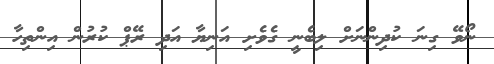
ނޯވޭ ގިނަ ކުދިންނަށް ލިބެނީ ގެވެށި އަނިޔާ އަދި ރޭޕް ކުރުން އިންތިހާ